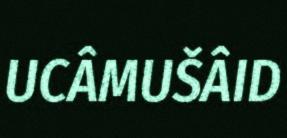
UCÂMUŠÂID